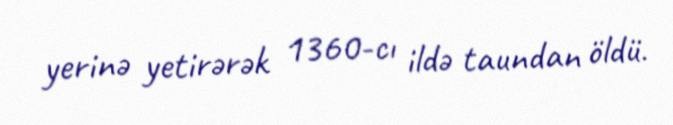
yerinə yetirərək 1360-cı ildə taundan öldü.